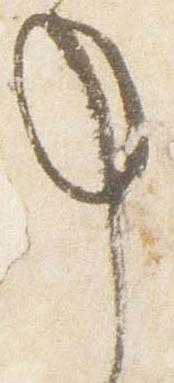
事